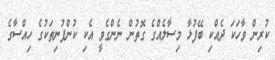
ކުރިން ވާހަކަ ދެއްކި ބޭފުޅާ މިސާލެއްގެ ގޮތުން ނެންގެވީ އެކި ކުންފުނިތަކުގެ ހިއްސާގެ